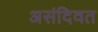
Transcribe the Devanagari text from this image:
असंदिवत